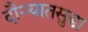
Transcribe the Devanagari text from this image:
दौर्‍यातसुद्धा